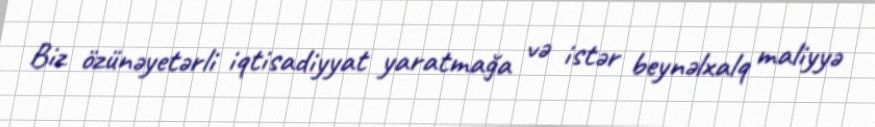
Biz özünəyetərli iqtisadiyyat yaratmağa və istər beynəlxalq maliyyə